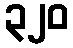
၃၂၀